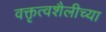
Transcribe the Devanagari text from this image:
वक्तृत्वशैलीच्या